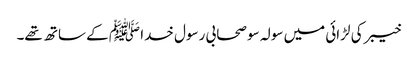
خیبر کی لڑائی میں سولہ سو صحابی رسول خدا ﷺ کے ساتھ تھے۔